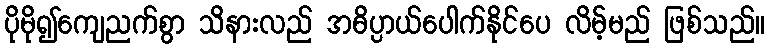
ပိုမို၍ကျေညက်စွာ သိနားလည် အဓိပ္ပာယ်ပေါက်နိုင်ပေ လိမ့်မည် ဖြစ်သည်။